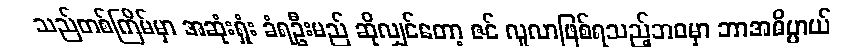
သည်တစ်ကြိမ်မှာ အဆုံးရှုံး ခံရဦးမည် ဆိုလျှင်တော့ ဇင် လူလာဖြစ်ရသည့်ဘဝမှာ ဘာအဓိပ္ပာယ်